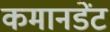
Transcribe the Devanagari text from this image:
कमानडेंट